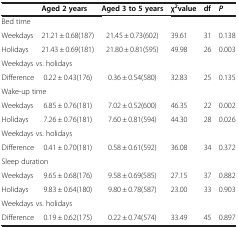
<table><thead><tr><td><b> </b></td><td><b>Aged 2 years</b></td><td><b>Aged 3 to 5 years</b></td><td><b>χ<sup>2</sup>value</b></td><td><b>df</b></td><td><b><i>P</i></b></td></tr></thead><tbody><tr><td colspan="6">Bed time</td></tr><tr><td>Weekdays</td><td>21.21 ± 0.68(187)</td><td>21.45 ± 0.73(602)</td><td>39.61</td><td>31</td><td>0.138</td></tr><tr><td>Holidays</td><td>21.43 ± 0.69(181)</td><td>21.80 ± 0.81(595)</td><td>49.98</td><td>26</td><td>0.003</td></tr><tr><td colspan="6">Weekdays vs. holidays</td></tr><tr><td>Difference</td><td>0.22 ± 0.43(176)</td><td>0.36 ± 0.54(580)</td><td>32.83</td><td>25</td><td>0.135</td></tr><tr><td colspan="6">Wake-up time</td></tr><tr><td>Weekdays</td><td>6.85 ± 0.76(181)</td><td>7.02 ± 0.52(600)</td><td>46.35</td><td>22</td><td>0.002</td></tr><tr><td>Holidays</td><td>7.26 ± 0.76(181)</td><td>7.60 ± 0.81(594)</td><td>44.30</td><td>28</td><td>0.026</td></tr><tr><td colspan="6">Weekdays vs. holidays</td></tr><tr><td>Difference</td><td>0.41 ± 0.70(181)</td><td>0.58 ± 0.61(592)</td><td>36.08</td><td>34</td><td>0.372</td></tr><tr><td colspan="6">Sleep duration</td></tr><tr><td>Weekdays</td><td>9.65 ± 0.68(176)</td><td>9.58 ± 0.69(585)</td><td>27.15</td><td>37</td><td>0.882</td></tr><tr><td>Holidays</td><td>9.83 ± 0.64(180)</td><td>9.80 ± 0.78(587)</td><td>23.00</td><td>33</td><td>0.903</td></tr><tr><td colspan="6">Weekdays vs. holidays</td></tr><tr><td>Difference</td><td>0.19 ± 0.62(175)</td><td>0.22 ± 0.74(574)</td><td>33.49</td><td>45</td><td>0.897</td></tr></tbody></table>